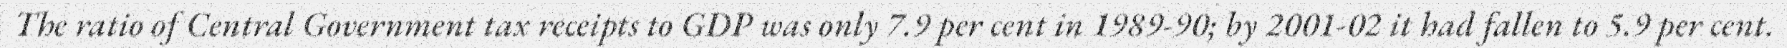
The ratio of Central Government tax receipts to GDP was only 7.9 per cent in 1989-90; by 2001-02 it had fallen to 5.9 per cent.